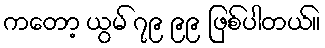
ကတော့ ယွမ် ၇၉ ၉၉ ဖြစ်ပါတယ်။